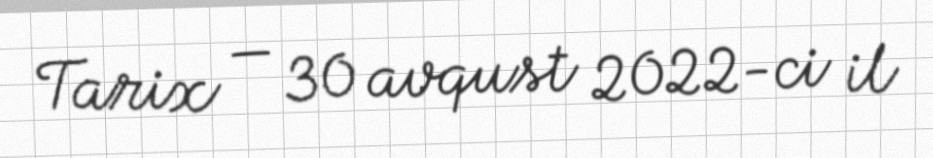
Tarix — 30 avqust 2022-ci il